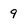
Character: 9